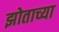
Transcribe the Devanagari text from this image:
झोताच्या